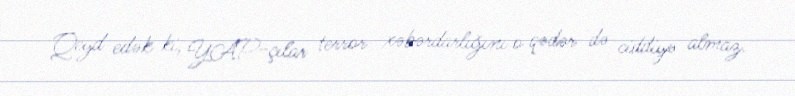
Qeyd edək ki, YAP-çılar terror xəbərdarlığını o qədər də ciddiyə almaz.